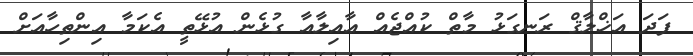
ފަދަ އަޚްލާޤް ރަނގަޅު މާތް ކުއްޖެއް ޢާއިލާއާ ގުޅެން އުޅޭތީ އެކަމާ އިންތިހާއަށް